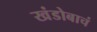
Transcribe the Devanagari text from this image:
खंडोबाचं